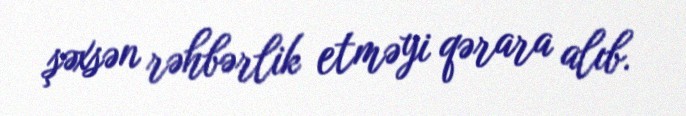
şəxsən rəhbərlik etməyi qərara alıb.